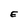
Character: E